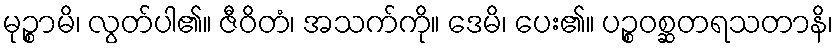
မုဉ္စာမိ၊ လွတ်ပါ၏။ ဇီဝိတံ၊ အသက်ကို။ ဒေမိ၊ ပေး၏။ ပဉ္စဝစ္ဆတရသတာနိ၊